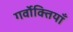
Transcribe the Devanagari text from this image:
गर्वोक्तियाँ